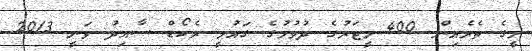
މީގެ ތެރެއިން 400 މީޓަރުގެ ދުވުމުގެ ގައުމީ ރެކޯޑް ސާއިދު ވަނީ 2013